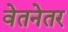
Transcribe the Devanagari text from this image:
वेतनेतर